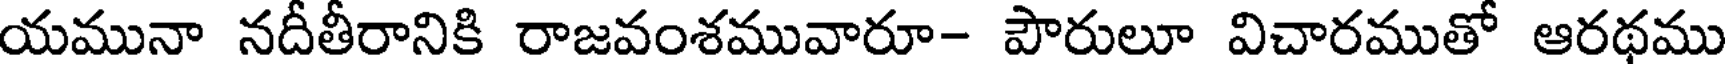
యమునా నదీతీరానికి రాజవంశమువారూ- పౌరులూ విచారముతో ఆరథము